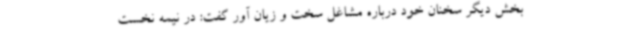
بخش دیگر سخنان خود درباره مشاغل سخت و زیان آور گفت: در نیمه نخست